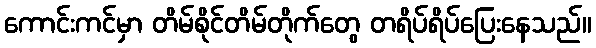
ကောင်းကင်မှာ တိမ်စိုင်တိမ်တိုက်တွေ တရိပ်ရိပ်ပြေးနေသည်။